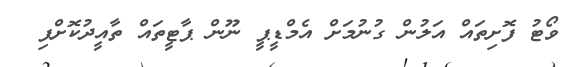
ވޯޓު ފޮށިތައް އަލުން ގުނުމަށް އެމްޑީޕީ ނޫން ޕާޓީތައް ތާއީދުކޮށްފި